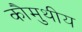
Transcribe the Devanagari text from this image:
कौमुथीय